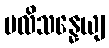
ပလိသန္နေယျ